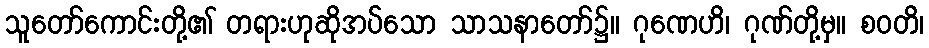
သူတော်ကောင်းတို့၏ တရားဟုဆိုအပ်သော သာသနာတော်၌။ ဂုဏေဟိ၊ ဂုဏ်တို့မှ။ စဝတိ၊